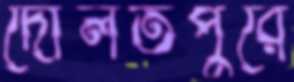
দৌলতপুরে